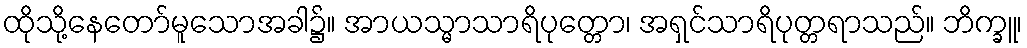
ထိုသို့နေတော်မူသောအခါ၌။ အာယသ္မာသာရိပုတ္တော၊ အရှင်သာရိပုတ္တရာသည်။ ဘိက္ခူ၊